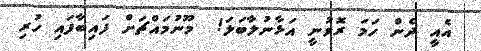
އެއީ ދެން ހަމަ ރޮވުނީ އަޅާނުލާބަލަ!  މޫނުމައްޗަށް ފައިބާފައި ހުރި